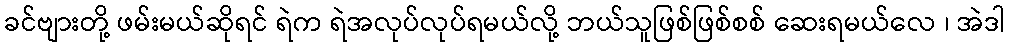
ခင်ဗျားတို့ ဖမ်းမယ်ဆိုရင် ရဲက ရဲအလုပ်လုပ်ရမယ်လို့ ဘယ်သူဖြစ်ဖြစ်စစ် ဆေးရမယ်လေ ၊ အဲဒါ